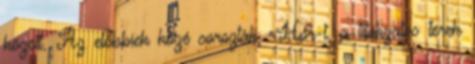
között. Az előbbiek közé sorozták «Hór-t, a titokzatos terek